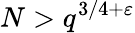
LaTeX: N>q^{3/4+\varepsilon}